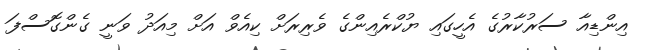
އިންޑިއާ ސަރުކާރުގެ އެހީގައި ޔުކްރެއިންގެ ވެރިރަށް ކިއެވް އަށް މިއަދު ވަނީ ގެންގޮސްފަ